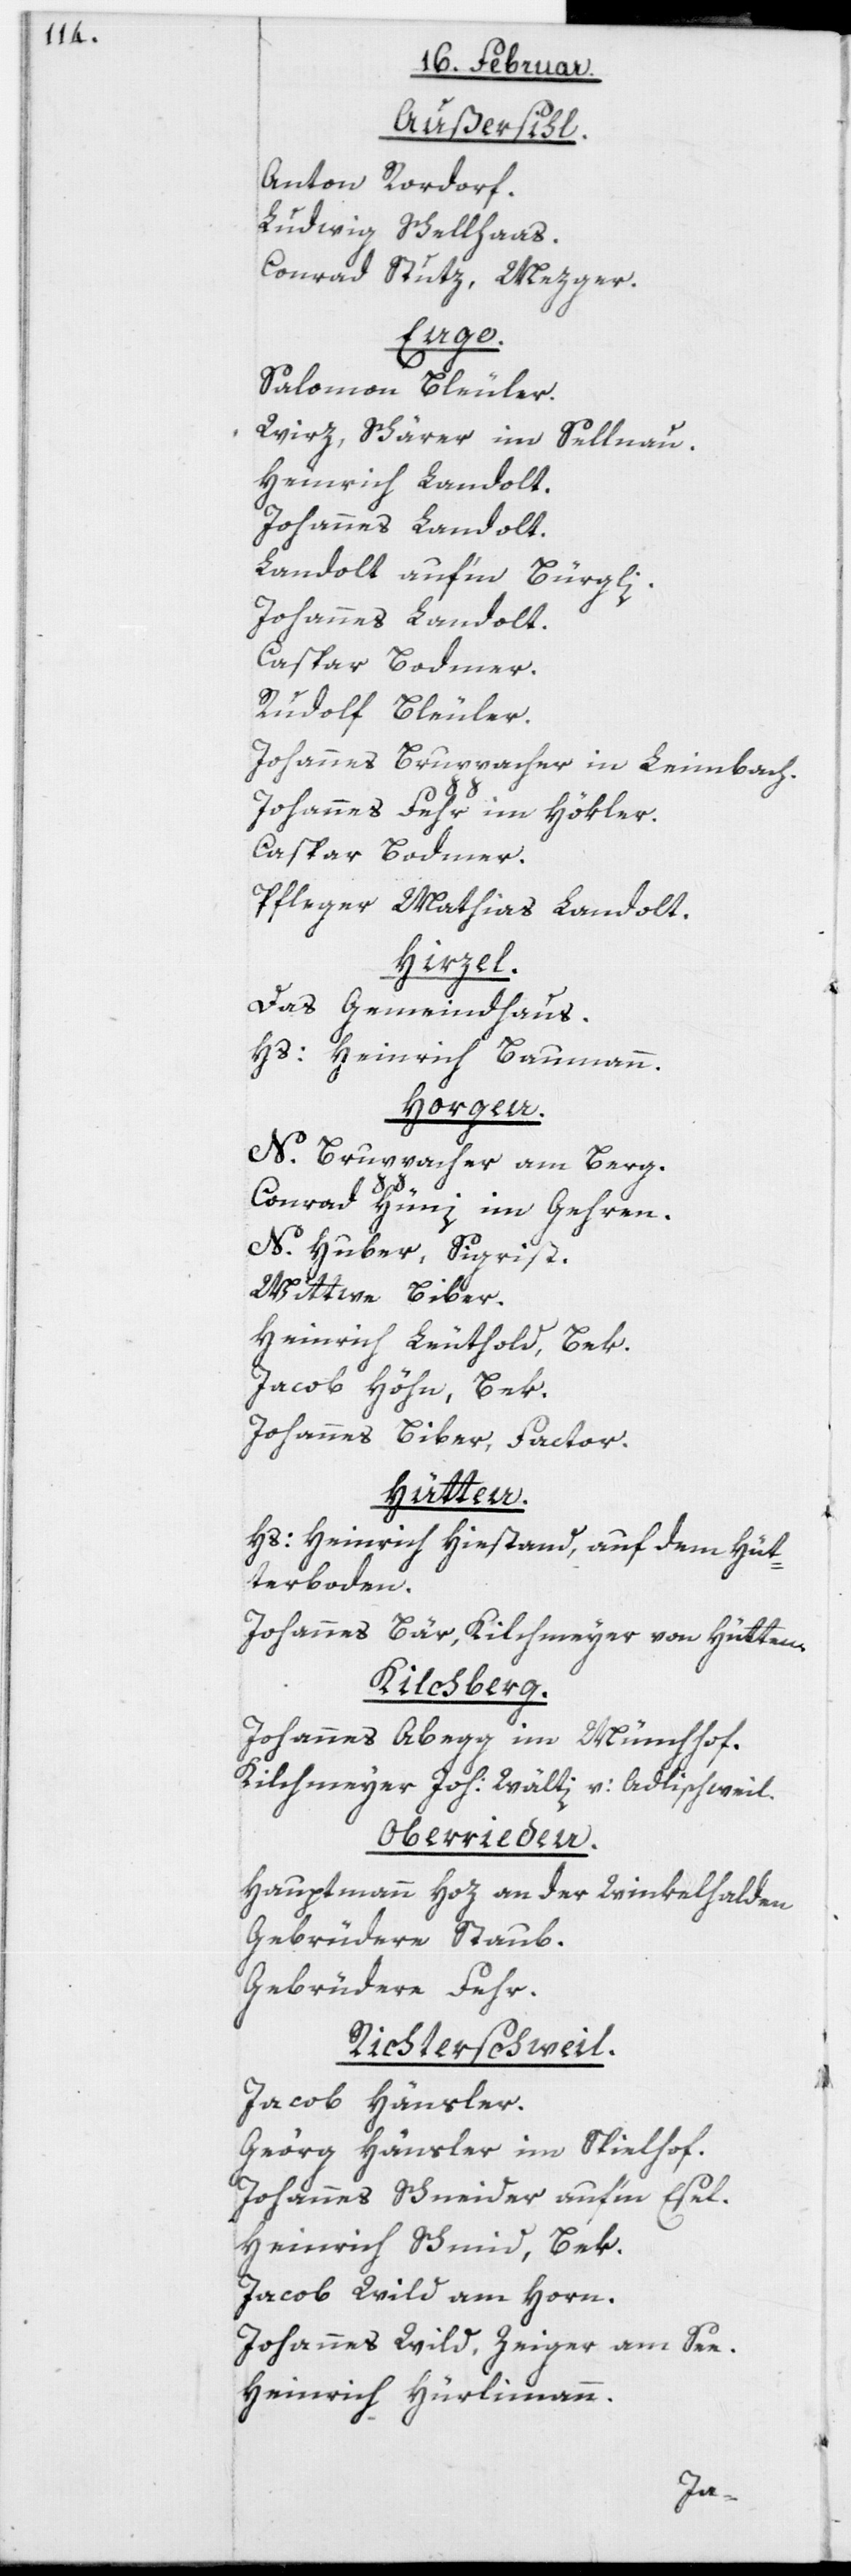
Außersihl.
Anton Rordorf.
Ludwig Schellhaas.
Conrad Stutz, Mezger.
Enge.
Salomon Bleuler.
Wirz, Schärer im Sellnau.
Heinrich Landolt.
Johannes Landolt.
Landolt auf’m Bürgli.
Johannes Landolt.
Caspar Bodmer.
Rudolf Bleuler.
Johannes Bruppacher in Leimbach.
Johannes Fehr im Hökler.
Caspar Bodmer.
Pfleger Mathias Landolt.
Hirzel.
Das Gemeindhaus.
Hs: Heinrich Baumann.
Horgen.
N. Bruppacher am Berg.
Conrad Hüni im Gehren.
N. Huber, Sigrist.
Wittwe Biber.
Heinrich Leuthold, Bek.
Jacob Höhn, Bek.
Johannes Biber, Factor.
Hütten.
Hs: Heinrich Hiestand, auf dem Hüt¬
terboden.
Johannes Bär, Kilchmeyer von Hütten.
Kilchberg.
Johannes Abegg im Münchhof.
Kilchmeyer Joh: Wälti von Adlischweil.
Oberrieden.
Hauptmann Hoz an der Winkelhalden
Gebrüdere Staub.
Gebrüdere Fehr.
Richterschweil.
Jacob Hänsler.
Georg Hänsler im Spielhof.
Johannes Schneider auf’m Esel.
Heinrich Schmid, Bek.
Jacob Wild am Horn.
Johannes Wild, Zeiger am See.
Heinrich Hürlimann.